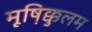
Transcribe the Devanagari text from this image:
मूष़िक्कुलम